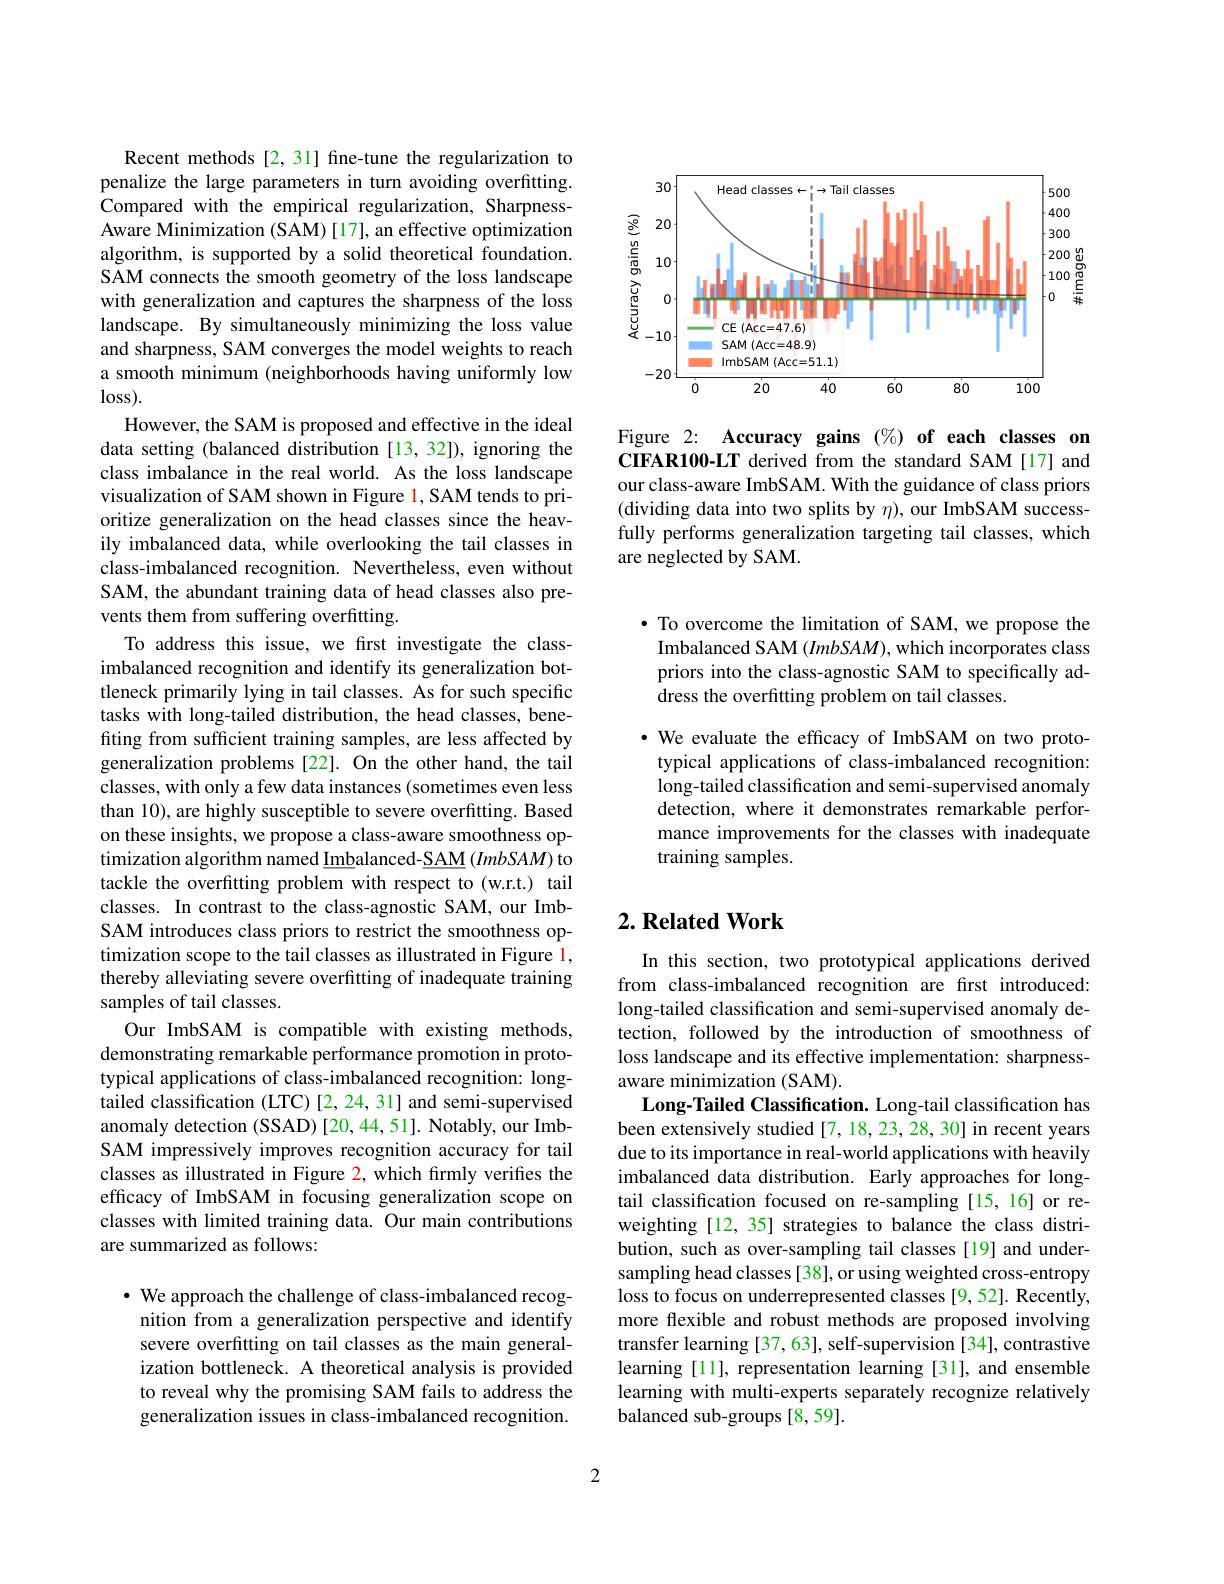
<FigureHere>

Figure 2: Accuracy gains $( \% ) \textbf{of each classes}$ om CIFAR100-LT derived from the standard SAM [17] and our class-aware ImbSAM. With the guidance of class priors (dividing data into two splits by $\eta)$, our ImbSAM successfully performs generalization targeting tail classes, which are neglected by SAM.

Recent methods [2,31] fine-tune the regularization to penalize the large parameters in turn avoiding overfitting. Compared with the empirical regularization, SharpnessAware Minimization (SAM) [17], an effective optimization algorithm, is supported by a solid theoretical foundation. SAM connects the smooth geometry of the loss landscape with generalization and captures the sharpness of the loss landscape. By simultaneously minimizing the loss value and sharpness, SAM converges the model weights to reach a smooth minimum (neighborhoods having uniformly low $loss).$
However, the SAM is proposed and effective in the ideal data setting (balanced distribution [13,32]), ignoring the class imbalance in the real world. As the loss landscape visualization of SAM shown in Figure l, SAM tends to prioritize generalization on the head classes since the heavily imbalanced data, while overlooking the tail classes in class-imbalanced recognition. Nevertheless, even without SAM, the abundant training data of head classes also prevents them from suffering overfitting
To address this issue, we first investigate the classimbalanced recognition and identify its generalization bottleneck primarily lying in tail classes. As for such specific tasks with long-tailed distribution, the head classes, benefiting from sufficient training samples, are less affected by generalization problems[22]. On the other hand, the tail classes, with only a few data instances (sometimes even less than 10), are highly susceptible to severe overfitting. Based on these insights, we propose a class-aware smoothness optimization algorithm named Imbalanced-SAM $(ImbSAM)$ to tackle the overfitting problem with respect to (w.r.t.) tail classes. In contrast to the class-agnostic SAM, our ImbSAM introduces class priors to restrict the smoothness optimization scope to the tail classes as illustrated in Figure 1, thereby alleviating severe overfitting of inadequate training samples of tail classes.
Our ImbSAM is compatible with existing methods, demonstrating remarkable performance promotion in prototypical applications of class-imbalanced recognition: longtailed classification (LTC) [2,24,31] and semi-supervised anomaly detection (SSAD) [20,44,51]. Notably, our ImbSAM impressively improves recognition accuracy for tail classes as illustrated in Figure 2, which frmly verifies the efficacy of ImbSAM in focusing generalization scope on classes with limited training data. Our main contributions are summarized as follows:

· We approach the challenge of class-imbalanced recog-
nition from a generalization perspective and identify severe overfitting on tail classes as the main generalization bottleneck. A theoretical analysis is provided to reveal why the promising SAM fails to address the generalization issues in class-imbalanced recognition.

· To overcome the limitation of SAM, we propose the Imbalanced SAM $(ImbSAM)$, which incorporates class priors into the class-agnostic SAM to specifically address the overfitting problem on tail classes.

· We evaluate the efficacy of ImbSAM on two prototypical applications of class-imbalanced recognition: long-tailed classification and semi-supervised anomaly detection, where it demonstrates remarkable performance improvements for the classes with inadequate training samples.

## $2. \textbf{Related Work}$

In this section, two prototypical applications derived from class-imbalanced recognition are first introduced: long-tailed classification and semi-supervised anomaly detection, followed by the introduction of smoothness of loss landscape and its effective implementation: sharpnessaware minimization (SAM).
Long-Tailed Classification. Long-tail classification has been extensively studied[7,18,23,28,30] in recent years due to its importance in real-world applications with heavily imbalanced data distribution. Early approaches for longtail classification focused on re-sampling [15,16] or reweighting [12, 35] strategies to balance the class distribution, such as over-sampling tail classes [19] and undersampling head classes[38], or using weighted cross-entropy loss to focus on underrepresented classes [9,52]. Recently, more flexible and robust methods are proposed involving transfer learning [37,63], self-supervision [34], contrastive learning [11], representation learning [31], and ensemble learning with multi-experts separately recognize relatively balanced sub-groups [8,59].

2